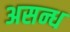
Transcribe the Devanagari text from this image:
असन्ध